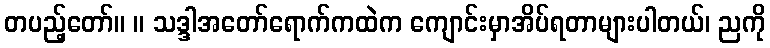
တပည့်တော်။ ။ သဒ္ဒါအတော်ရောက်ကထဲက ကျောင်းမှာအိပ်ရတာများပါတယ်၊ ညကို